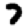
Digit: 7